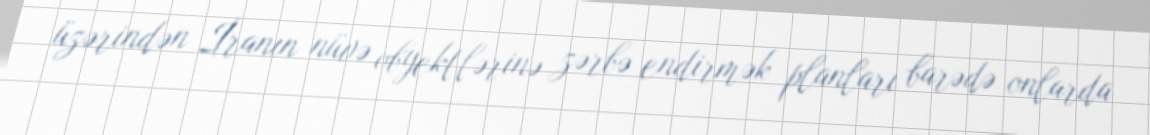
üzərindən İranın nüvə obyektlərinə zərbə endirmək planları barədə onlarda